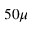
5 0 \mu